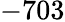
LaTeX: -703